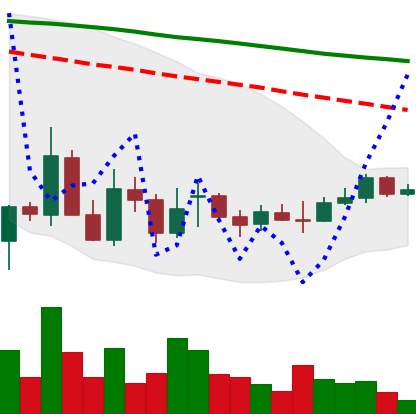
Ticker: EOS-USD
Chart end date: 2021-12-25
Forward return: -9.593%
Label: down_7plus